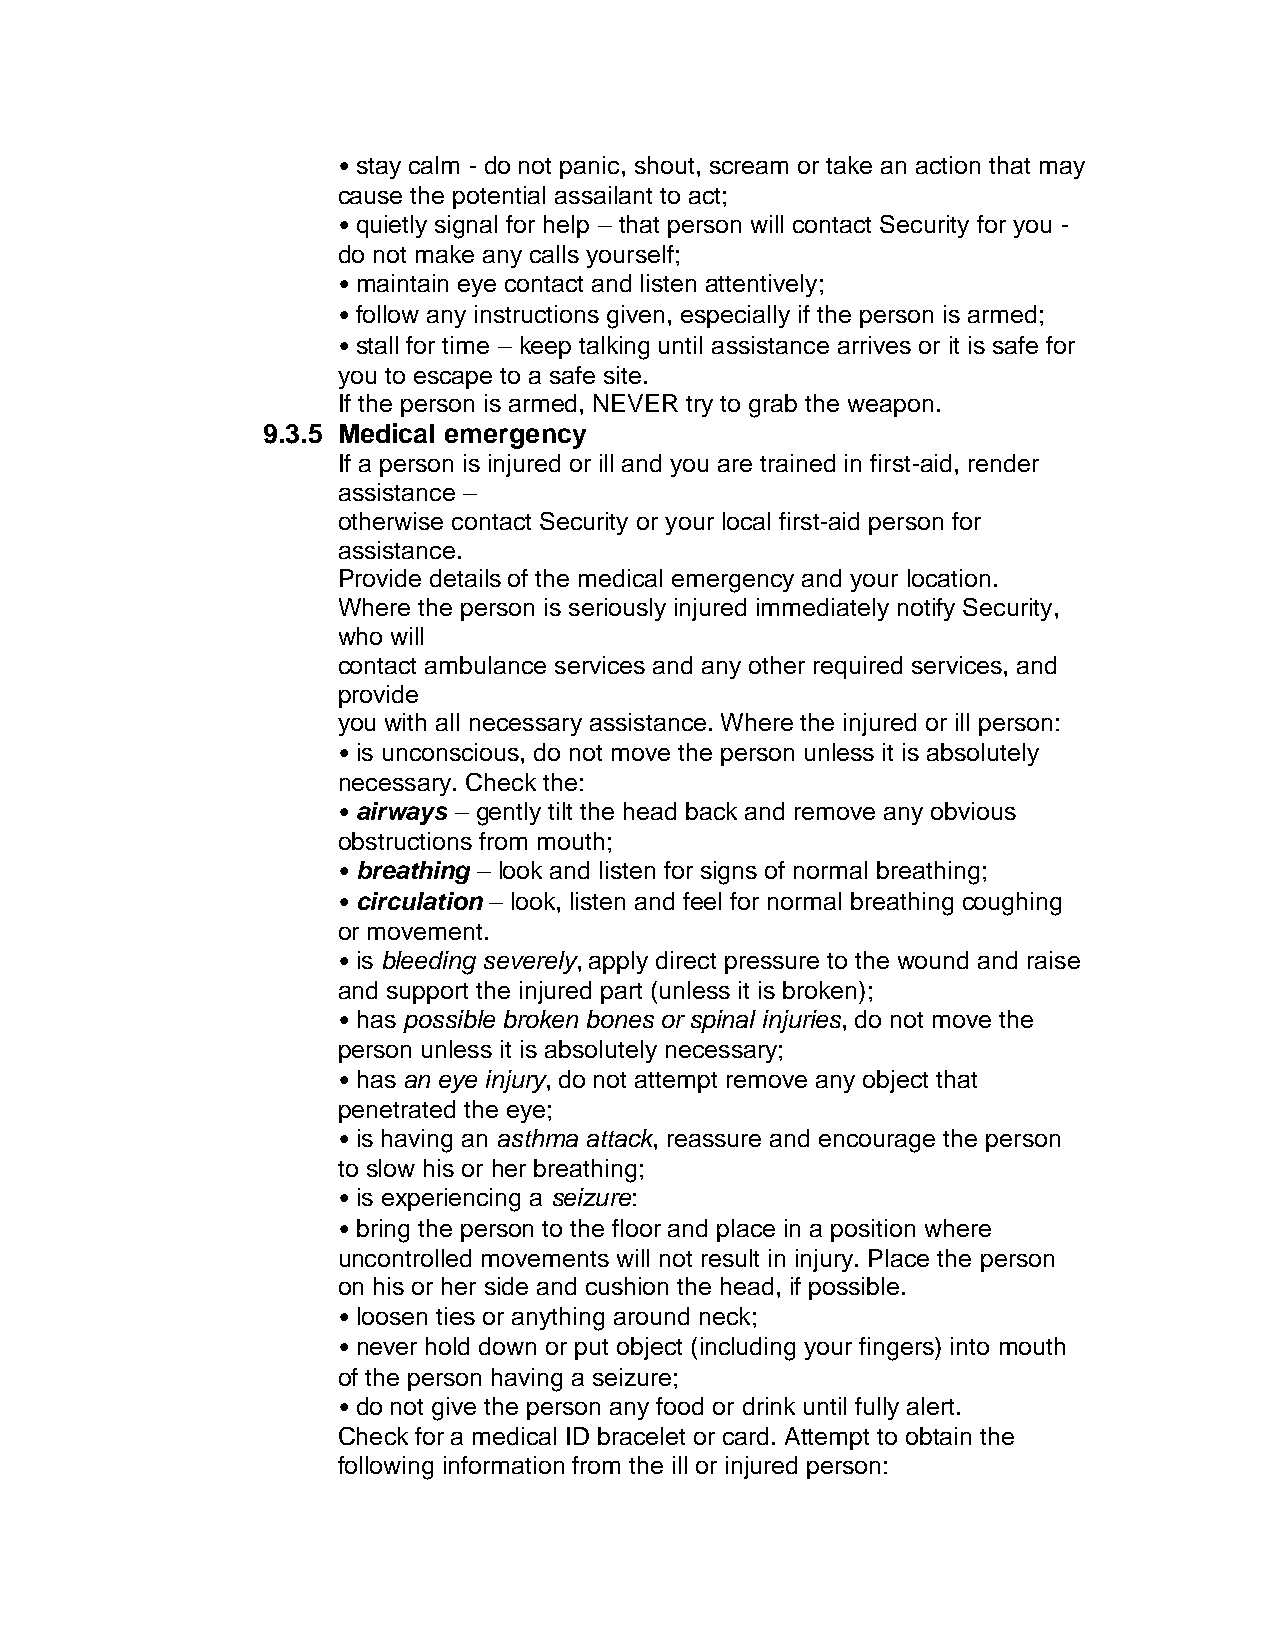
• stay calm - do not panic, shout, scream or take an action that may
 cause the potential assailant to act;
 • quietly signal for help – that person will contact Security for you -
 do not make any calls yourself;
 • maintain eye contact and listen attentively;
 • follow any instructions given, especially if the person is armed;
 • stall for time – keep talking until assistance arrives or it is safe for
 you to escape to a safe site.
 If the person is armed, NEVER try to grab the weapon.
 9.3.5 Medical emergency
 If a person is injured or ill and you are trained in first-aid, render
 assistance –
 otherwise contact Security or your local first-aid person for
 assistance.
 Provide details of the medical emergency and your location.
 Where the person is seriously injured immediately notify Security,
 who will
 contact ambulance services and any other required services, and
 provide
 you with all necessary assistance. Where the injured or ill person:
 • is unconscious, do not move the person unless it is absolutely
 necessary. Check the:
 • airways – gently tilt the head back and remove any obvious
 obstructions from mouth;
 • breathing – look and listen for signs of normal breathing;
 • circulation – look, listen and feel for normal breathing coughing
 or movement.
 • is bleeding severely, apply direct pressure to the wound and raise
 and support the injured part (unless it is broken);
 • has possible broken bones or spinal injuries, do not move the
 person unless it is absolutely necessary;
 • has an eye injury, do not attempt remove any object that
 penetrated the eye;
 • is having an asthma attack, reassure and encourage the person
 to slow his or her breathing;
 • is experiencing a seizure:
 • bring the person to the floor and place in a position where
 uncontrolled movements will not result in injury. Place the person
 on his or her side and cushion the head, if possible.
 • loosen ties or anything around neck;
 • never hold down or put object (including your fingers) into mouth
 of the person having a seizure;
 • do not give the person any food or drink until fully alert.
 Check for a medical ID bracelet or card. Attempt to obtain the
 following information from the ill or injured person: